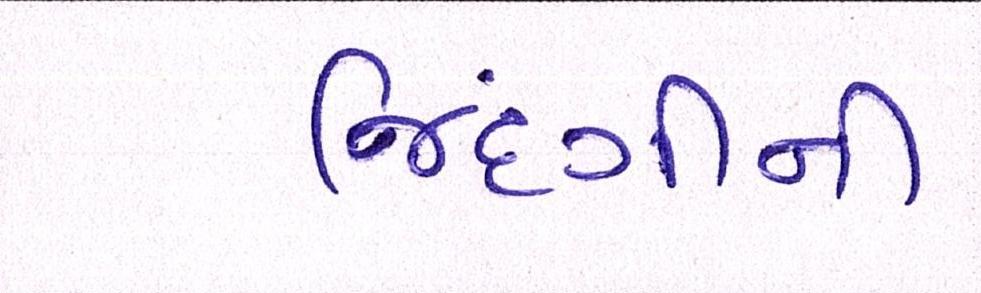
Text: જિંદગીની